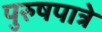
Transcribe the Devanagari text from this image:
पुरुषपात्रे